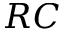
R C